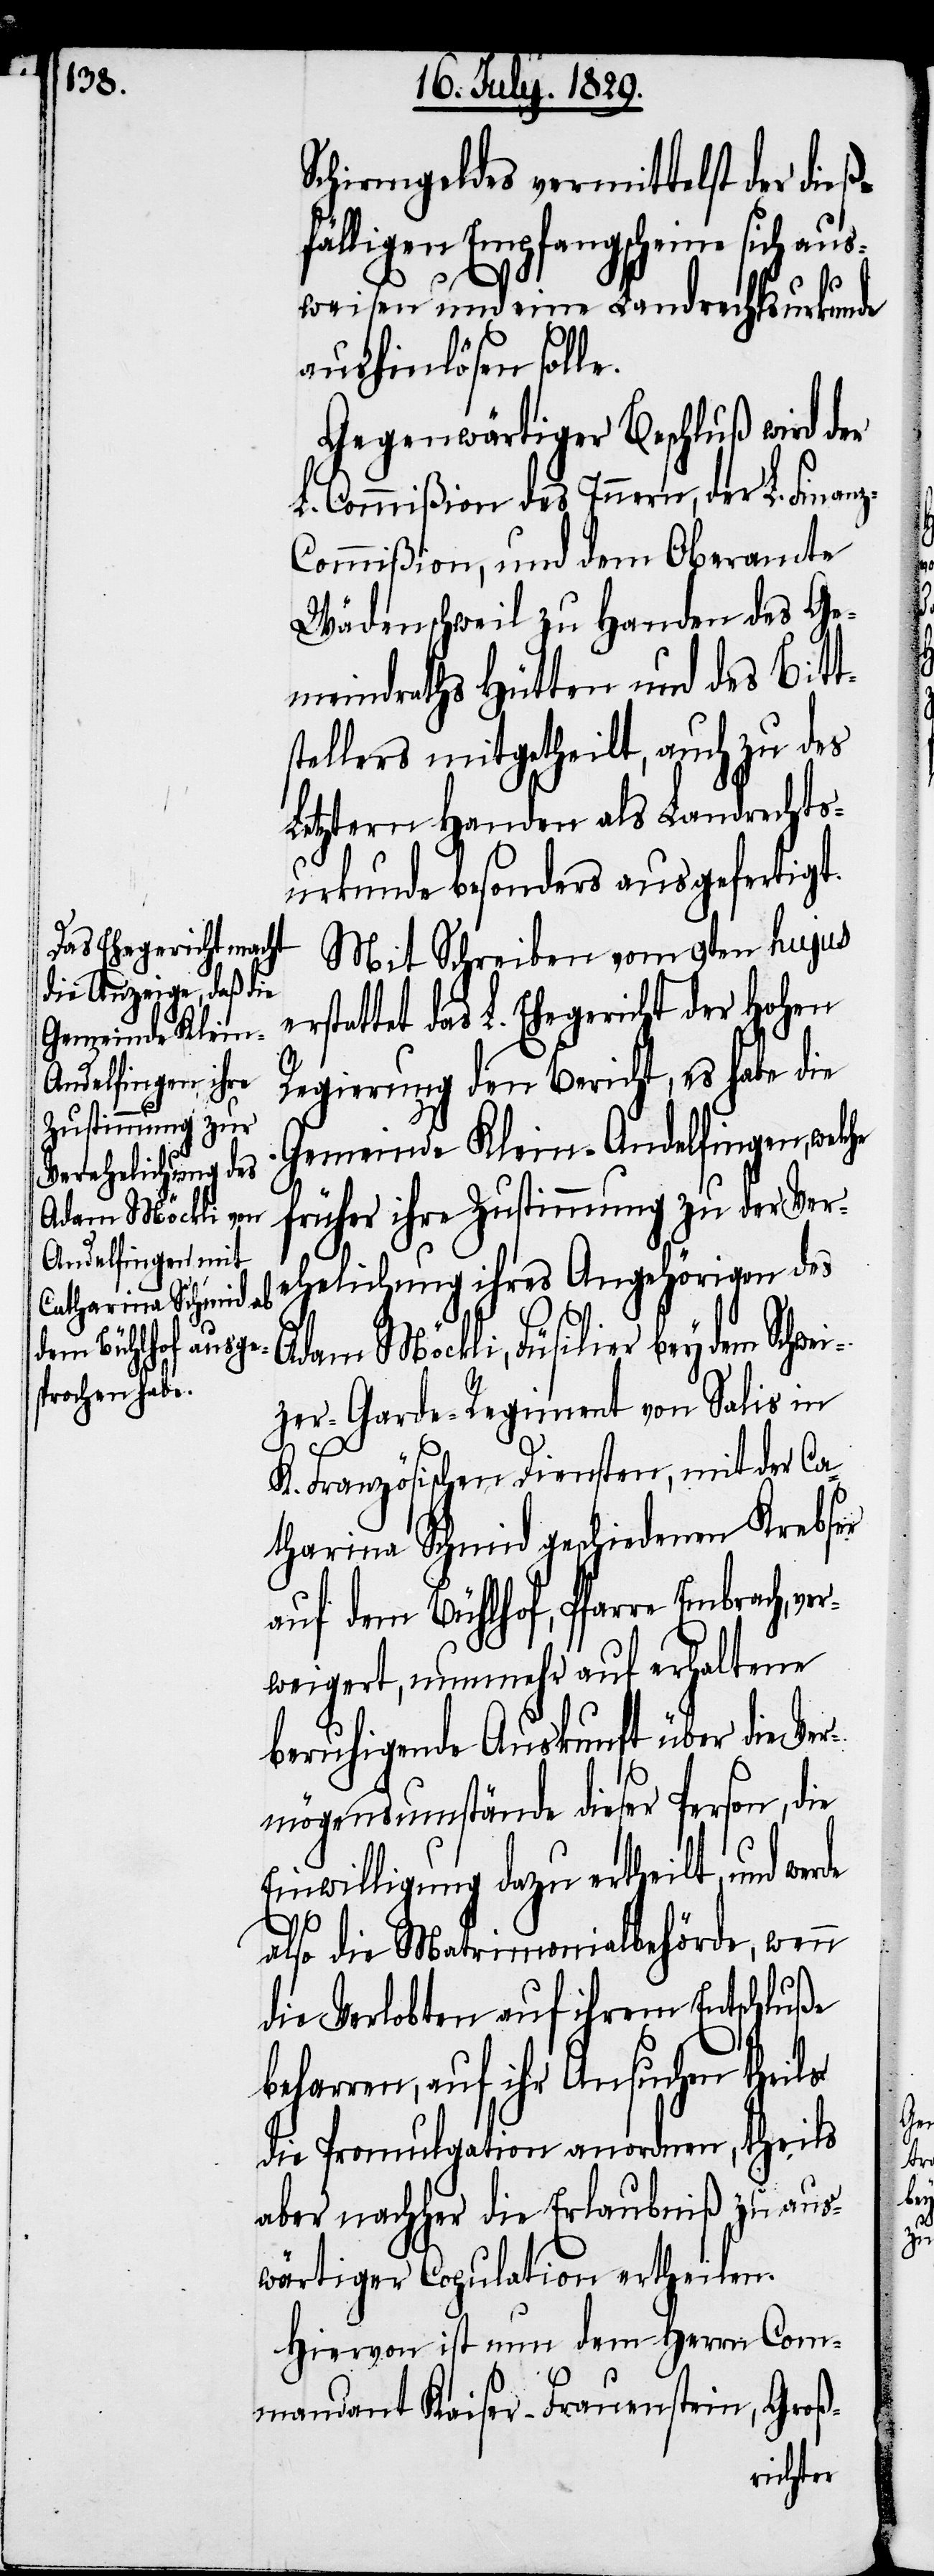
de

Schirmgeldes vermittelst der dieß¬
fälligen Empfangscheine sich aus¬
weisen und eine Landrechtsurkunde
aushinlösen solle.
Gegenwärtiger Beschluß wird der
L. Commißion des Innern, der L. Fin¬
ommißion, und dem Oberamte
Wädenschweil zu Handen des Ge¬
meindraths Hütten und des Bitt¬
stellers mitgetheilt, auch zu des
Letztern Handen als Landrechts¬
urkunde besonders ausgefertigt.
Mit Schreiben vom 9ten hujus
stattet das L. Ehegericht der Hohen
Regierung den Bericht, es habe die
Gemeinde Klein-Andelfingen, welche
früher ihre Zustimmung zu der Ver¬
ehelichung ihres Angehörigen
Adam Möckli, Füsilier bey dem Schwe¬
izer-Garde-Regiment von Salis in
K. Französischen Diensten, mit der Ca¬
tharina Schmid geschiedenen Krebser
auf dem Bühlhof, Pfarre Embrach, ve¬
rweigert, nunmehr auf erhaltene
beruhigende Auskunft über die Ver¬
mögensumstände dieser Person, die
Einwilligung dazu ertheilt, und wer¬
also die Matrimonialbehörde, wenn
die Verlobten auf ihrem Entschluße
beharren, auf ihr Ansuchen theils
die Promulgation anordnen, theils
aber nachher die Erlaubniß zu aus¬
wärtiger Copulation ertheilen.
Hiervon ist nun dem Herrn Com¬
mandant Kaiser-Frauenstein, Groß-